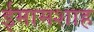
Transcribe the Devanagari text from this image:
ईमामशाह